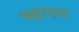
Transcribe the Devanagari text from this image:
चढ़ाएगा